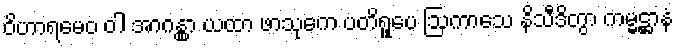
ဝိဟာရမေဝ ဝါ အာဂန္တွာ ယထာ ဖာသုကေ ပတိရူပေ ဩကာသေ နိသီဒိတွာ ကမ္မဋ္ဌာနံ